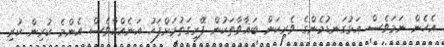
އެހެން ނަމަވެސް އަޅުގަނޑުމެންގެ ވެރިކަން ބަޣާވާތަކުން ފޭރިގަތުމަށްފަހު އަނެއްކާވެސް އެންމެ ކުރިން ކުރި